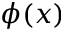
\phi ( x )